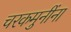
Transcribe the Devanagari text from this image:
चरकमुनींना